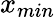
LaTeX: x_{min}